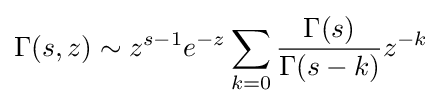
\Gamma (s,z)\sim z^{s-1}e^{-z}\sum _{k=0}{\frac {\Gamma (s)}{\Gamma (s-k)}}z^{-k}